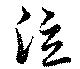
泣